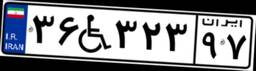
۳۶W۳۲۳۹۷